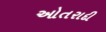
ઓતરાદી